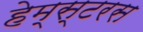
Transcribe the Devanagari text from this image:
हेम्स्टरस